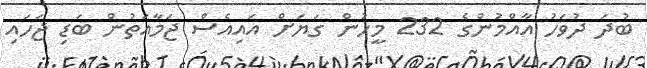
ބުދަ ދުވަހު އާއްމުންގެ 232 މީހުން ގަޔަށް އައިއެސް ޖަމާއަތުން ބަޑި ޖަހައި